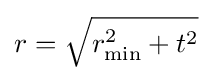
r={\sqrt {r_{\mathrm {min} }^{2}+t^{2}}}